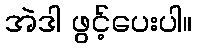
အဲဒါ ဖွင့်ပေးပါ။